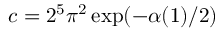
c = 2 ^ { 5 } { \pi } ^ { 2 } \exp ( - \alpha ( 1 ) / 2 )